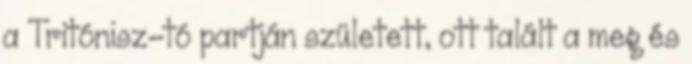
a Tritónisz-tó partján született, ott talált a meg és